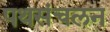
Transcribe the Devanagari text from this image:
पथसंचलन